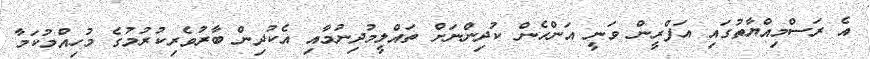
އެ ރަސްމިއްޔާތުގައި އަފްރީން ވަނީ އަންހެން ކުދިންނަށް ތައްލީމުދިނުމާއި އެކުދިން ބާރުވެރިކުރުމުގެ މުހިއްމުކަމާ